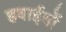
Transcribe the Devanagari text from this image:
हवाईयों